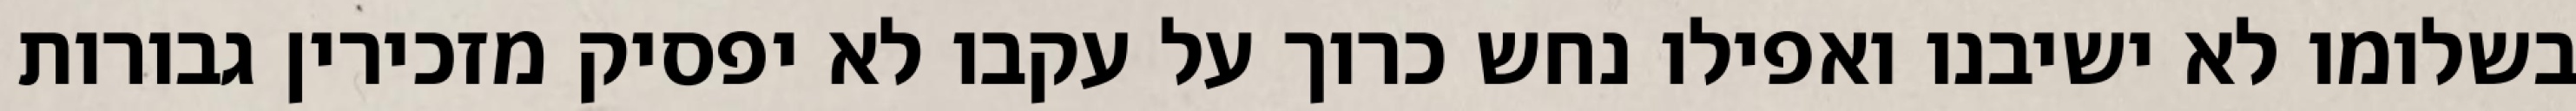
בשלומו לא ישיבנו ואפילו נחש כרוך על עקבו לא יפסיק מזכירין גבורות